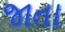
જાતા